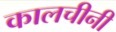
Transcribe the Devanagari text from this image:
कालचीनी